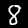
Label: 8